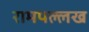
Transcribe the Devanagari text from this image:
रामपल्लख